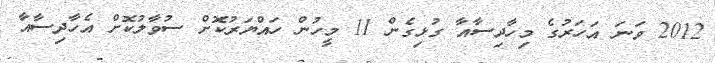
2012 ވަނަ އަހަރުގެ މިހާދިސާއާ ގުޅިގެން 11 މީހުން ހައްޔަރުކޮށް ސުވާލުކޮށް އެހާދިސާއާ